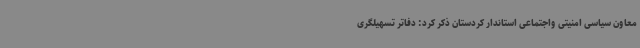
معاون سیاسی امنیتی واجتماعی استاندار کردستان ذکر کرد: دفاتر تسهیلگری